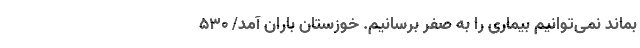
بماند نمی‌توانیم بیماری را به صفر برسانیم. خوزستان باران آمد/ ۵۳۰